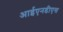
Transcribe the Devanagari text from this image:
आईएनडीएस